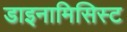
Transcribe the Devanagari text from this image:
डाइनामिसिस्ट